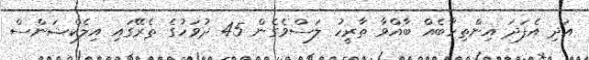
އަދި އެފަދަ އިންތިހާބެއް ބާއްވާ ތާރީހު ލަސްވެގެން 45 ދުވަހުގެ ތެރޭގައި އިލެކްޝަންސް